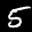
Label: 5